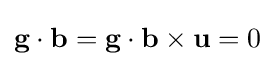
\mathbf {g} \cdot \mathbf {b} =\mathbf {g} \cdot \mathbf {b} \times \mathbf {u} =0